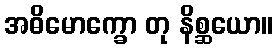
အဓိမောက္ခော တု နိစ္ဆယော။